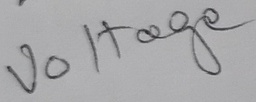
Text: Voltage